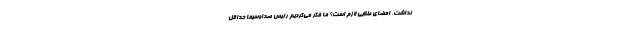
نداشت، امضای طلایی لازم است؟ ما فکر می‌کردیم رئیس صداوسیما حداقل